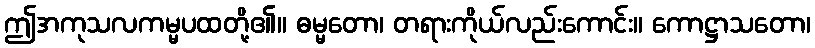
ဤအကုသလကမ္မပထတို့၏။ ဓမ္မတော၊ တရားကိုယ်လည်းကောင်း။ ကောဋ္ဌာသတော၊